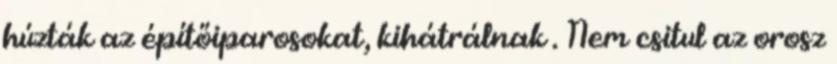
húzták az építőiparosokat, kihátrálnak . Nem csitul az orosz